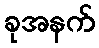
ခုအနက်